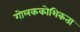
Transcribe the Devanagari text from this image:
गोलककोशिकता